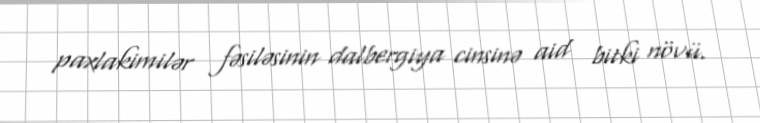
paxlakimilər fəsiləsinin dalbergiya cinsinə aid bitki növü.